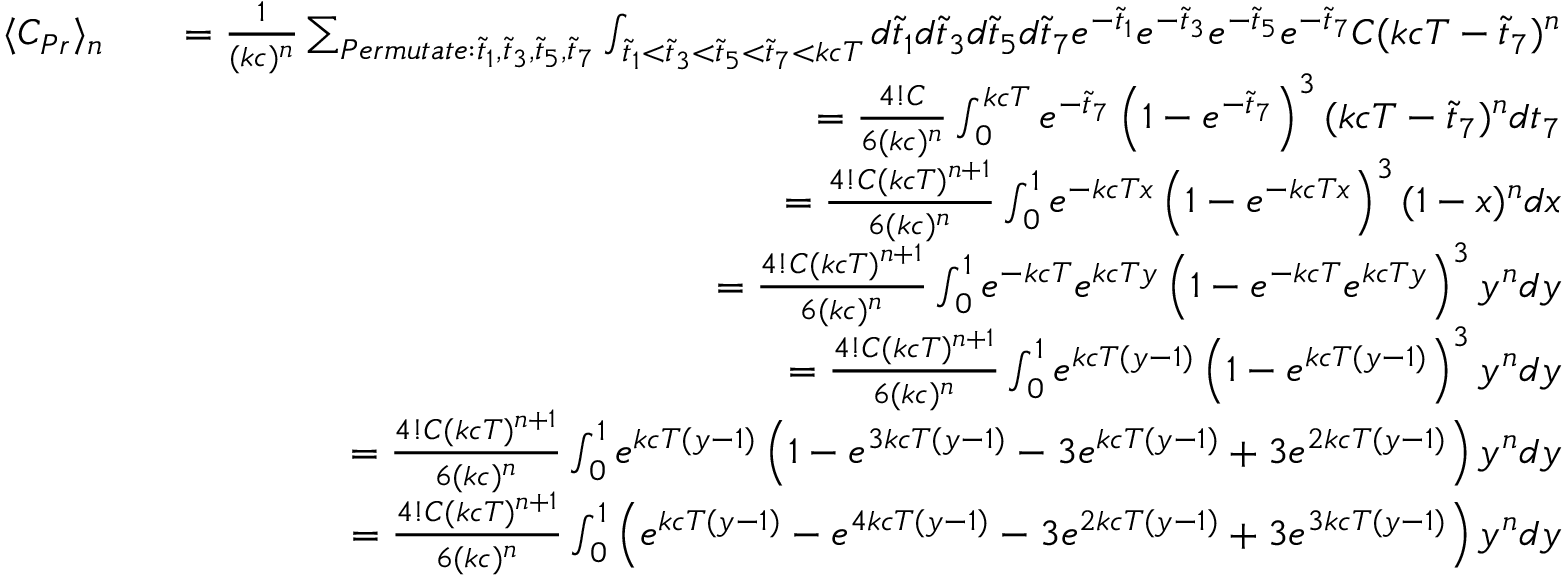
\begin{array} { r l r } { \langle C _ { P r } \rangle _ { n } } & { } & { = \frac { 1 } { ( k c ) ^ { n } } \sum _ { P e r m u t a t e : \tilde { t } _ { 1 } , \tilde { t } _ { 3 } , \tilde { t } _ { 5 } , \tilde { t } _ { 7 } } \int _ { \tilde { t } _ { 1 } < \tilde { t } _ { 3 } < \tilde { t } _ { 5 } < \tilde { t } _ { 7 } < k c T } d \tilde { t } _ { 1 } d \tilde { t } _ { 3 } d \tilde { t } _ { 5 } d \tilde { t } _ { 7 } e ^ { - \tilde { t } _ { 1 } } e ^ { - \tilde { t } _ { 3 } } e ^ { - \tilde { t } _ { 5 } } e ^ { - \tilde { t } _ { 7 } } C ( k c T - \tilde { t } _ { 7 } ) ^ { n } } \\ & { } & { = \frac { 4 ! C } { 6 ( k c ) ^ { n } } \int _ { 0 } ^ { k c T } e ^ { - \tilde { t } _ { 7 } } \left( 1 - e ^ { - \tilde { t } _ { 7 } } \right) ^ { 3 } ( k c T - \tilde { t } _ { 7 } ) ^ { n } d t _ { 7 } } \\ & { } & { = \frac { 4 ! C ( k c T ) ^ { n + 1 } } { 6 ( k c ) ^ { n } } \int _ { 0 } ^ { 1 } e ^ { - k c T x } \left( 1 - e ^ { - k c T x } \right) ^ { 3 } ( 1 - x ) ^ { n } d x } \\ & { } & { = \frac { 4 ! C ( k c T ) ^ { n + 1 } } { 6 ( k c ) ^ { n } } \int _ { 0 } ^ { 1 } e ^ { - k c T } e ^ { k c T y } \left( 1 - e ^ { - k c T } e ^ { k c T y } \right) ^ { 3 } y ^ { n } d y } \\ & { } & { = \frac { 4 ! C ( k c T ) ^ { n + 1 } } { 6 ( k c ) ^ { n } } \int _ { 0 } ^ { 1 } e ^ { k c T ( y - 1 ) } \left( 1 - e ^ { k c T ( y - 1 ) } \right) ^ { 3 } y ^ { n } d y } \\ & { } & { = \frac { 4 ! C ( k c T ) ^ { n + 1 } } { 6 ( k c ) ^ { n } } \int _ { 0 } ^ { 1 } e ^ { k c T ( y - 1 ) } \left( 1 - e ^ { 3 k c T ( y - 1 ) } - 3 e ^ { k c T ( y - 1 ) } + 3 e ^ { 2 k c T ( y - 1 ) } \right) y ^ { n } d y } \\ & { } & { = \frac { 4 ! C ( k c T ) ^ { n + 1 } } { 6 ( k c ) ^ { n } } \int _ { 0 } ^ { 1 } \left( e ^ { k c T ( y - 1 ) } - e ^ { 4 k c T ( y - 1 ) } - 3 e ^ { 2 k c T ( y - 1 ) } + 3 e ^ { 3 k c T ( y - 1 ) } \right) y ^ { n } d y } \end{array}